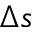
\Delta s